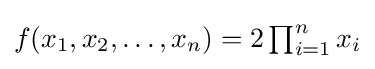
{\textstyle f(x_{1},x_{2},\ldots ,x_{n})=2\prod _{i=1}^{n}x_{i}}